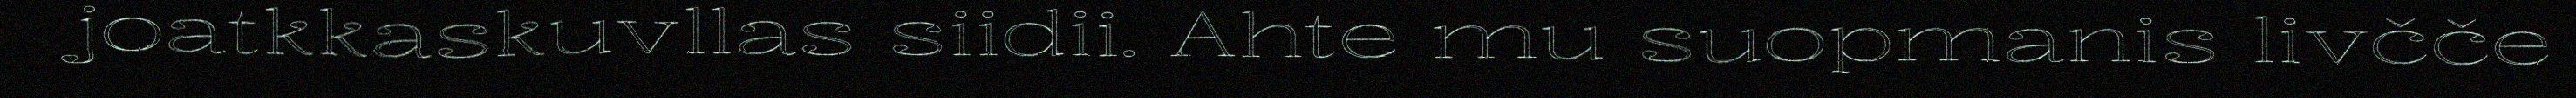
joatkkaskuvllas siidii. Ahte mu suopmanis livčče